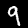
Label: 9